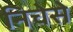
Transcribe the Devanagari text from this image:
निचेसे